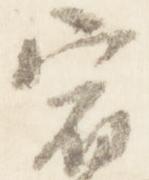
宿